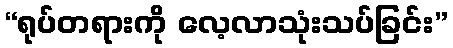
“ရုပ်တရားကို လေ့လာသုံးသပ်ခြင်း”